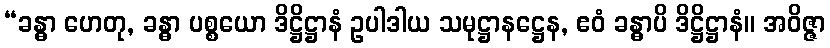
“ခန္ဓာ ဟေတု, ခန္ဓာ ပစ္စယော ဒိဋ္ဌိဋ္ဌာနံ ဥပါဒါယ သမုဋ္ဌာနဋ္ဌေန, ဧဝံ ခန္ဓာပိ ဒိဋ္ဌိဋ္ဌာနံ။ အဝိဇ္ဇာ